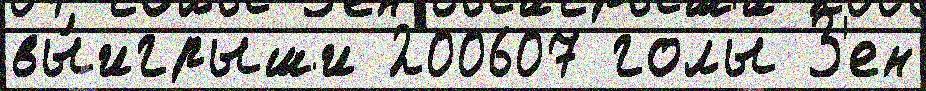
вы́игрыши 200607 голы З'ен